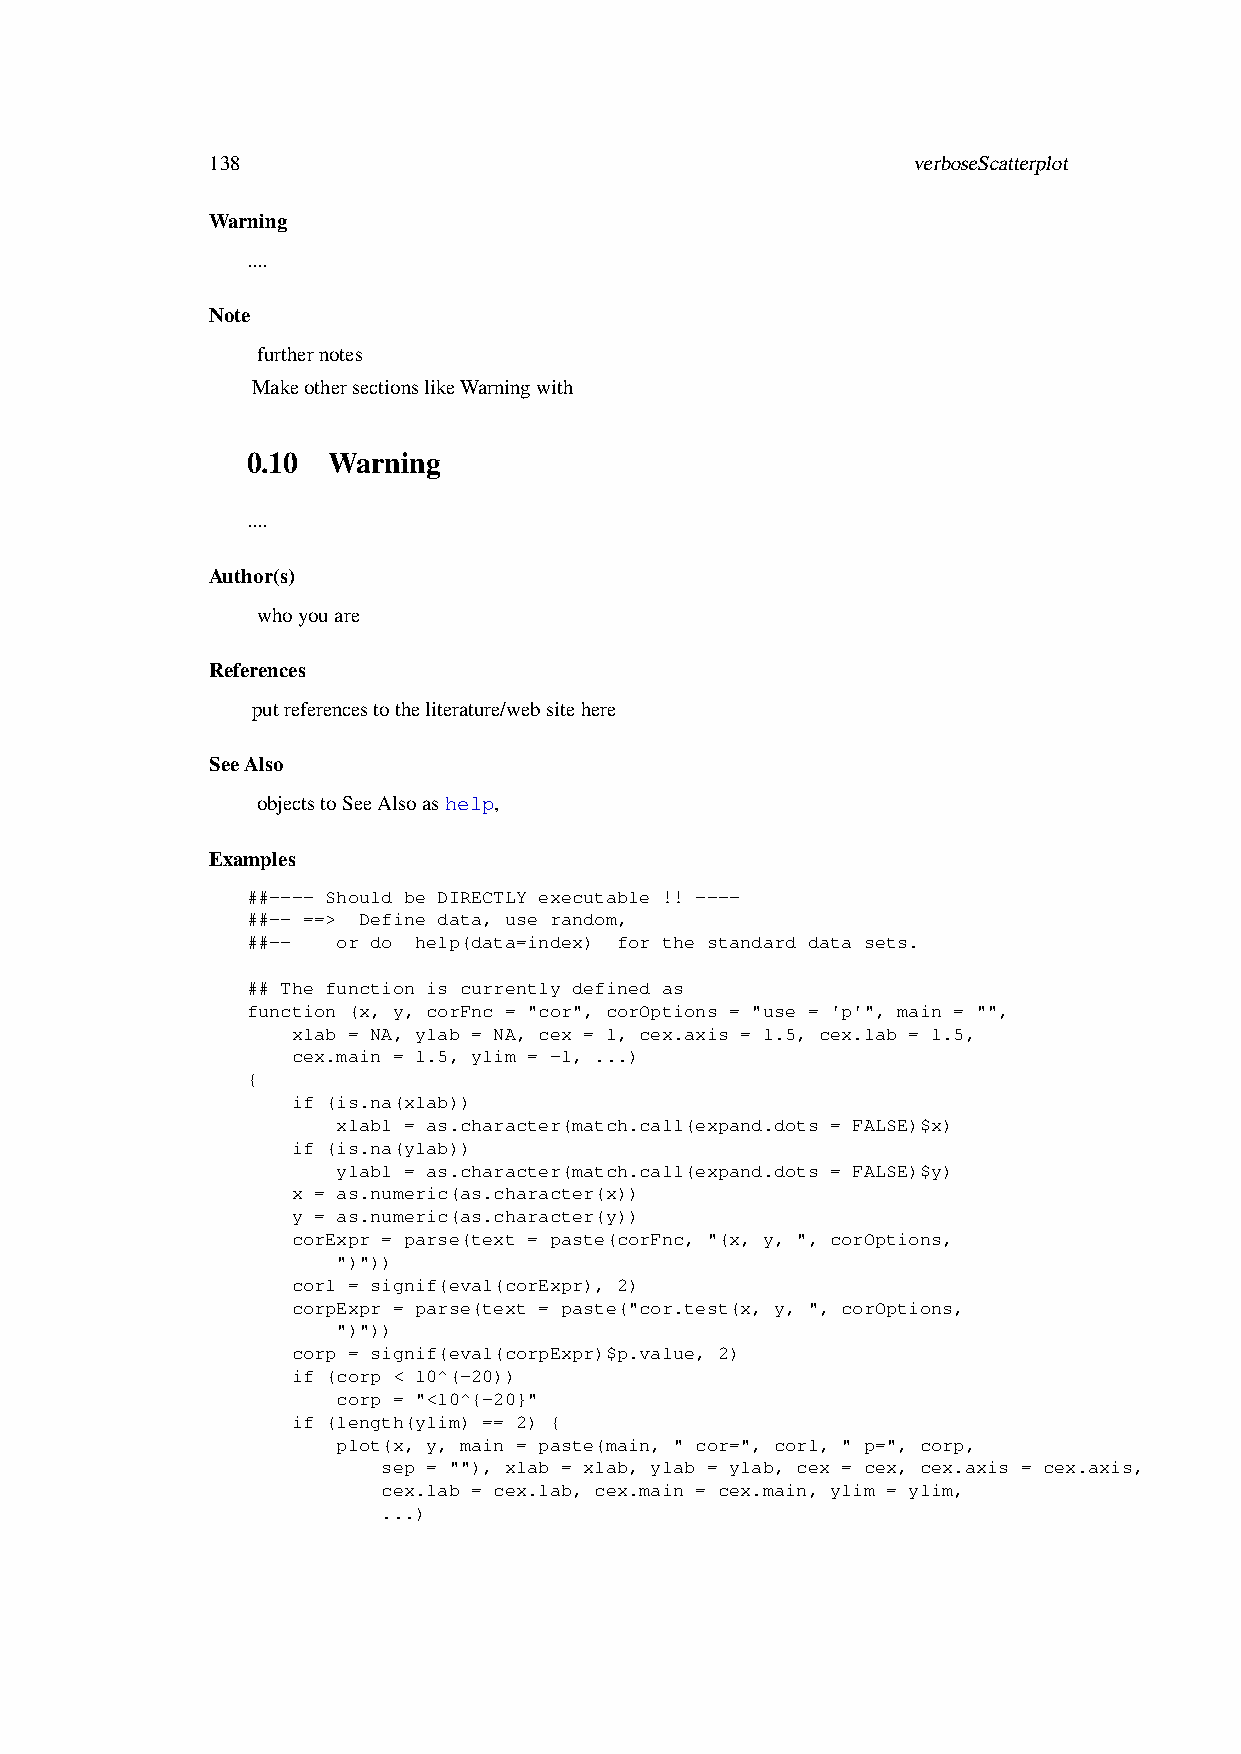
138                                           verboseScatterplot
 Warning
 ....
 Note
 furthernotes
 MakeothersectionslikeWarningwith
 0.10  Warning
 ....
 Author(s)
 whoyouare
 References
 putreferencestotheliterature/websitehere
 SeeAlso
 objectstoSeeAlsoashelp,
 Examples
 ##---- Should be DIRECTLY executable !! ----
 ##-- ==> Define data, use random,
 ##--  or do help(data=index) for the standard data sets.
 ## The function is currently defined as
 function (x, y, corFnc = "cor", corOptions = "use = 'p'", main = "",
 xlab = NA, ylab = NA, cex = 1, cex.axis = 1.5, cex.lab = 1.5,
 cex.main = 1.5, ylim = -1, ...)
 {
 if (is.na(xlab))
 xlab1 = as.character(match.call(expand.dots = FALSE)$x)
 if (is.na(ylab))
 ylab1 = as.character(match.call(expand.dots = FALSE)$y)
 x = as.numeric(as.character(x))
 y = as.numeric(as.character(y))
 corExpr = parse(text = paste(corFnc, "(x, y, ", corOptions,
 ")"))
 cor1 = signif(eval(corExpr), 2)
 corpExpr = parse(text = paste("cor.test(x, y, ", corOptions,
 ")"))
 corp = signif(eval(corpExpr)$p.value, 2)
 if (corp < 10^(-20))
 corp = "<10^{-20}"
 if (length(ylim) == 2) {
 plot(x, y, main = paste(main, " cor=", cor1, " p=", corp,
 sep = ""), xlab = xlab, ylab = ylab, cex = cex, cex.axis = cex.axis,
 cex.lab = cex.lab, cex.main = cex.main, ylim = ylim,
 ...)